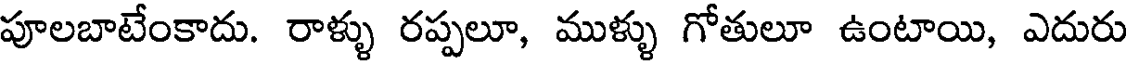
పూలబాటేంకాదు. రాళ్ళు రప్పలూ, ముళ్ళు గోతులూ ఉంటాయి, ఎదురు